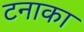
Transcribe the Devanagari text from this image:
टनाका